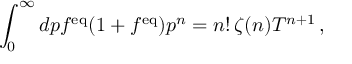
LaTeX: \int _ { 0 } ^ { \infty } d p f ^ { \mathrm { e q } } ( 1 + f ^ { \mathrm { e q } } ) p ^ { n } = n ! \, \zeta ( n ) T ^ { n + 1 } \, ,